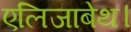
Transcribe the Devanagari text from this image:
एलिजाबेथ।